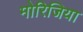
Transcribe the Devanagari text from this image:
मोरिजिया